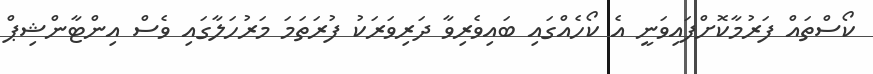
ކޯސްތައް ފަރުމާކޮށްފައިވަނީ އެ ކޯހެއްގައި ބައިވެރިވާ ދަރިވަރަކު ފުރަތަމަ މަރުހަލާގައި ވެސް އިންޓާންޝިޕް